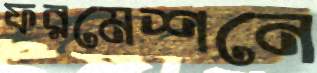
ফরমেশনে